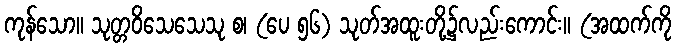
ကုန်သော။ သုတ္တဝိသေသေသု စ၊ (ပေ ၅၆) သုတ်အထူးတို့၌လည်းကောင်း။ (အထက်ကို